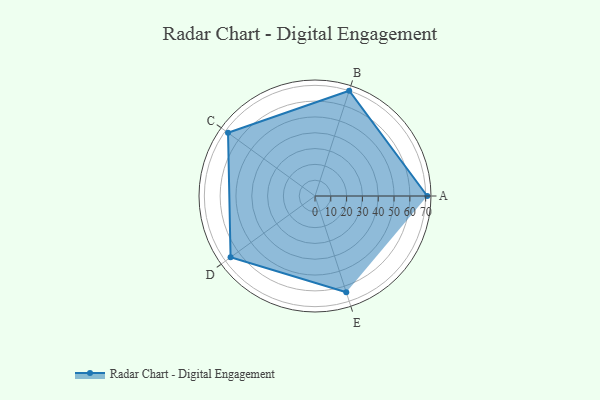
{"axis": {"x": "Skill", "y": "Score"}, "legend": ["Profile"], "data": [{"x": "A", "y": 71.0, "type": "Profile"}, {"x": "B", "y": 70.0, "type": "Profile"}, {"x": "C", "y": 68.0, "type": "Profile"}, {"x": "D", "y": 66.0, "type": "Profile"}, {"x": "E", "y": 64.0, "type": "Profile"}]}